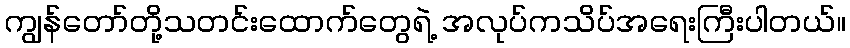
ကျွန်တော်တို့သတင်းထောက်တွေရဲ့ အလုပ်ကသိပ်အရေးကြီးပါတယ်။